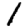
Digit: 1